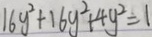
1 6 y ^ { 2 } + 1 6 y ^ { 2 } + 4 y ^ { 2 } = 1